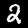
Digit: 2